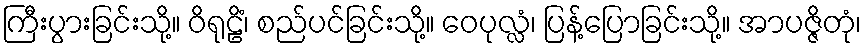
ကြီးပွားခြင်းသို့။ ဝိရုဠိံ၊ စည်ပင်ခြင်းသို့။ ဝေပုလ္လံ၊ ပြန့်ပြောခြင်းသို့။ အာပဇ္ဇိတုံ၊